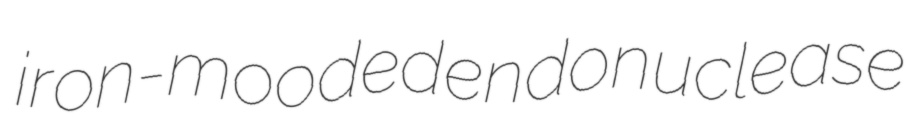
iron-mooded endonuclease